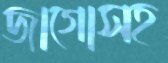
জাগোসহ